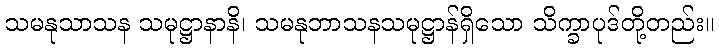
သမနုသာသန သမုဋ္ဌာနာနိ၊ သမနုဘာသနသမုဋ္ဌာန်ရှိသော သိက္ခာပုဒ်တို့တည်း။